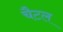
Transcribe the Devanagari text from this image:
चैटल